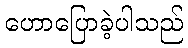
ဟောပြောခဲ့ပါသည်